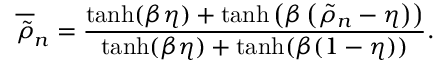
\overline { { \tilde { \rho } } } _ { n } = \frac { \operatorname { t a n h } ( \beta \eta ) + \operatorname { t a n h } \left( \beta \left( \tilde { \rho } _ { n } - \eta \right) \right) } { \operatorname { t a n h } ( \beta \eta ) + \operatorname { t a n h } ( \beta ( 1 - \eta ) ) } .